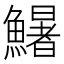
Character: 鱪